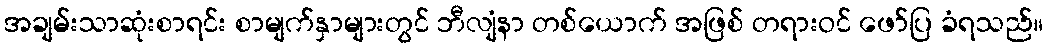
အချမ်းသာဆုံးစာရင်း စာမျက်နှာများတွင် ဘီလျံနာ တစ်ယောက် အဖြစ် တရားဝင် ဖော်ပြ ခံရသည်။